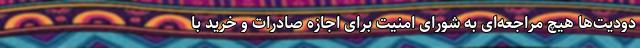
دودیت‌ها هیچ مراجعه‌ای به شورای امنیت برای اجازه صادرات و ‌خرید با